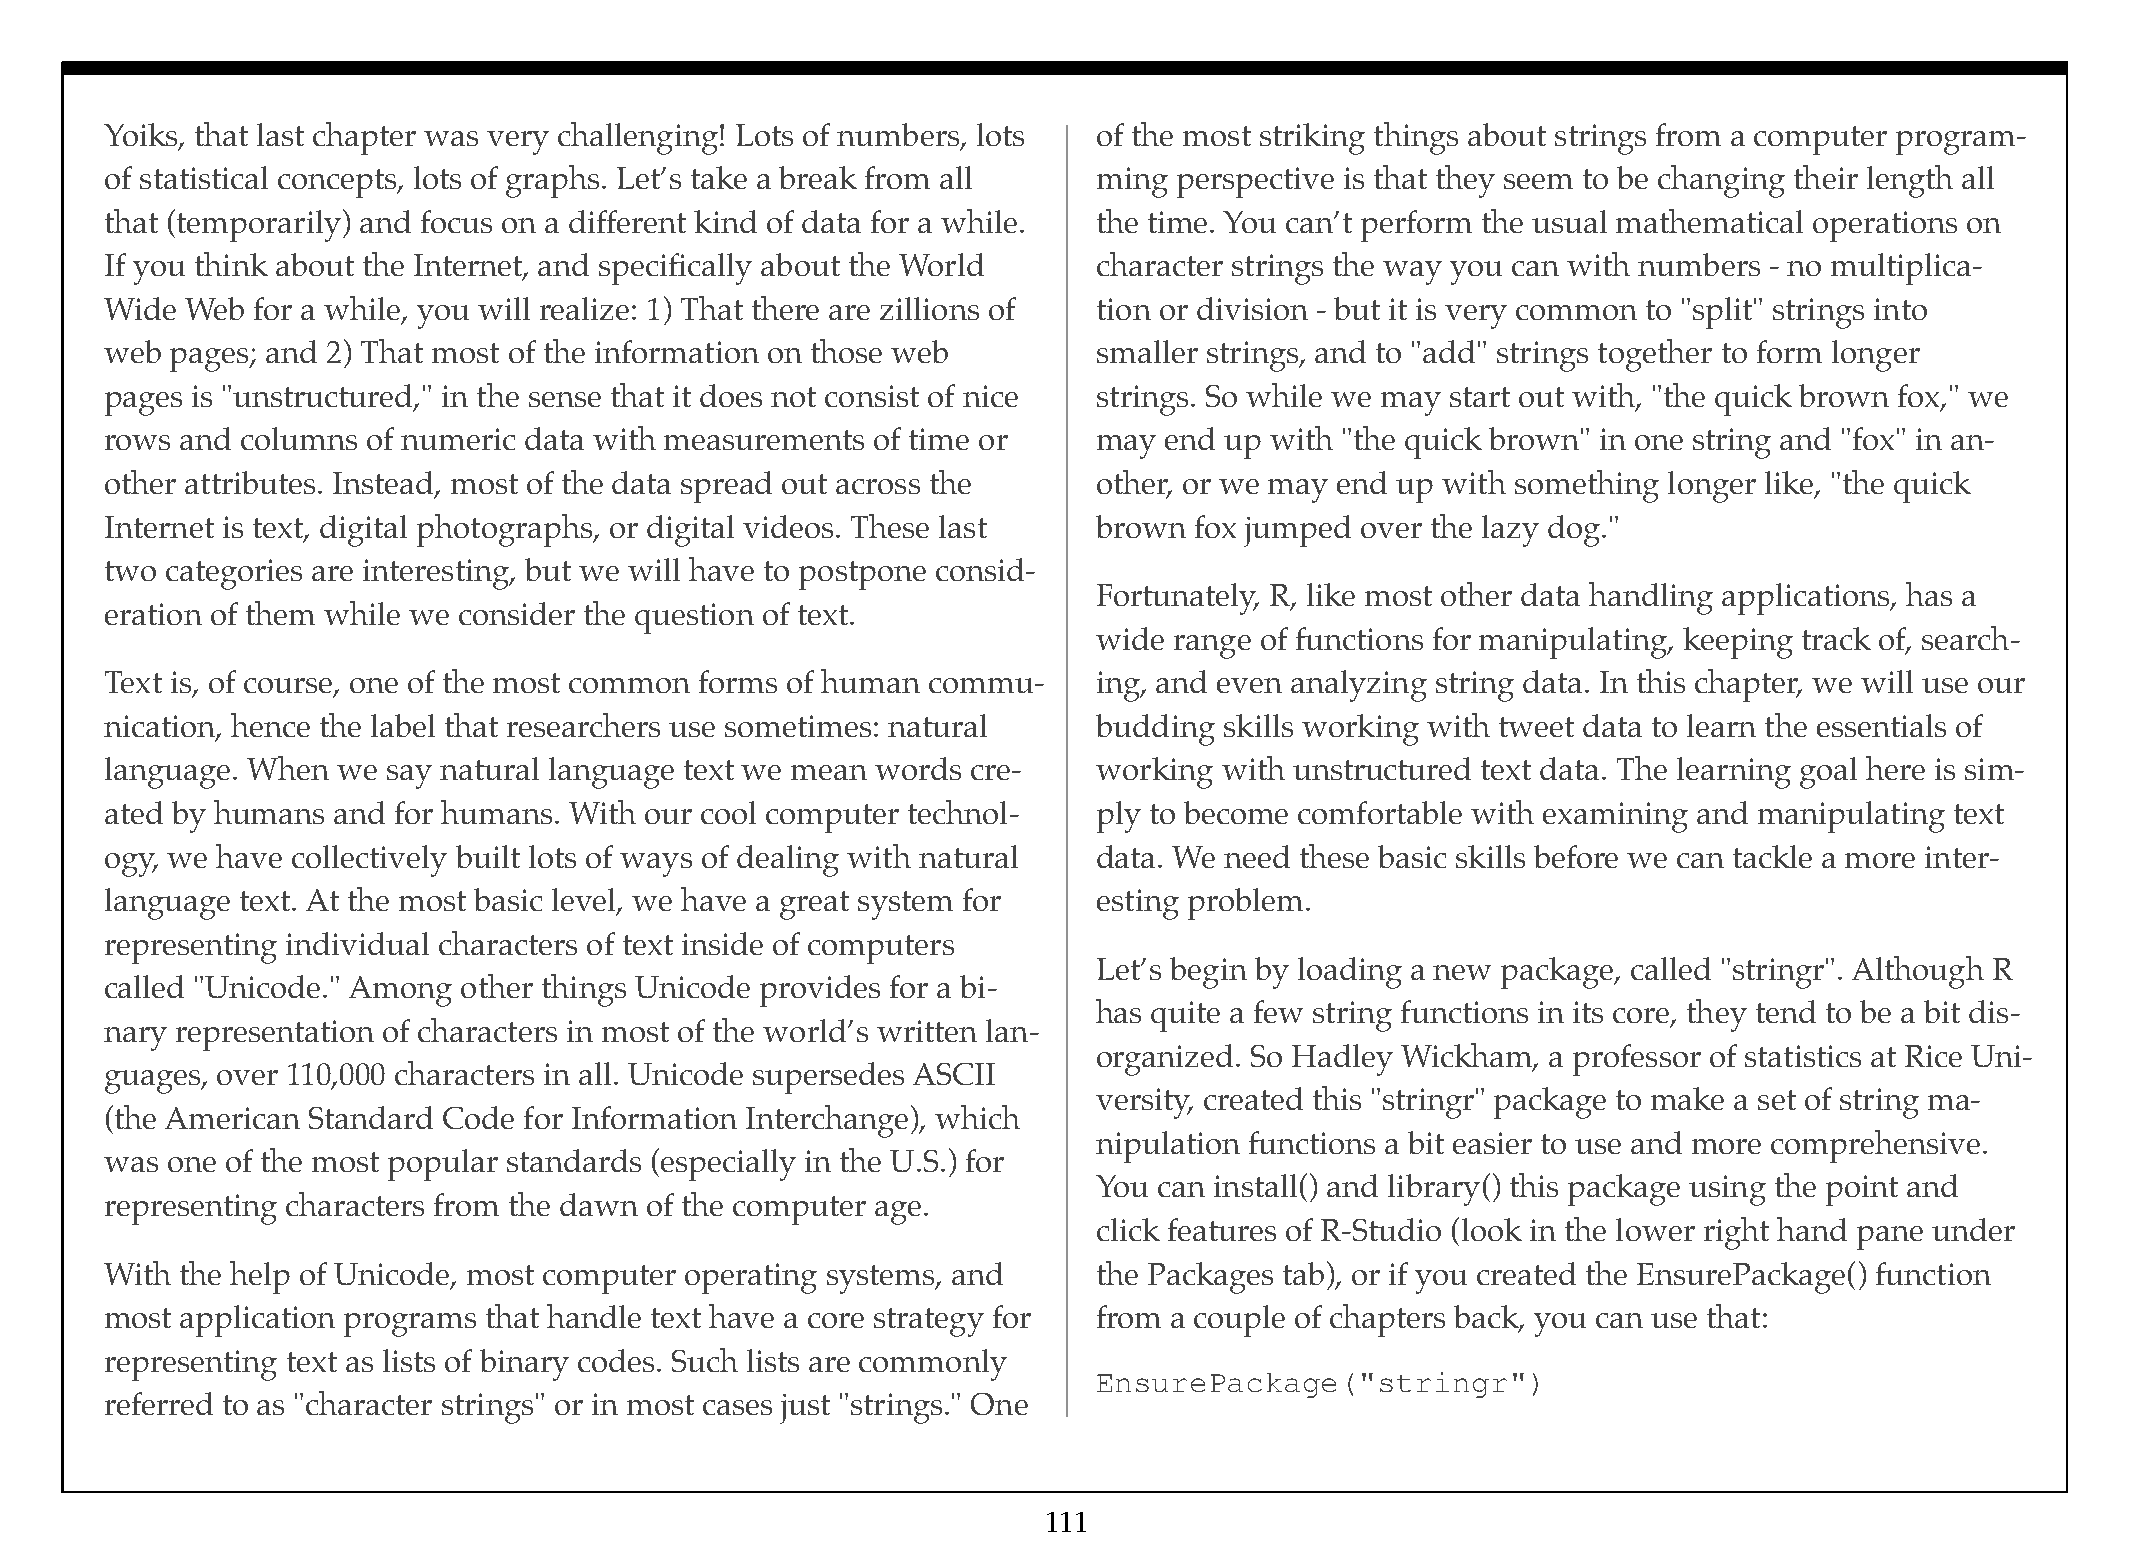
Yoiks, that last chapter was very challenging! Lots of numbers, lots of the most striking things about strings from a computer program-
 of statistical concepts, lots of graphs. Let’s take a break from all ming perspective is that they seem to be changing their length all
 that (temporarily) and focus on a different kind of data for a while. the time. You can’t perform the usual mathematical operations on
 If you think about the Internet, and specifically about the World character strings the way you can with numbers - no multiplica-
 Wide Web  for a while, you will realize: 1) That there are zillions of tion or division - but it is very common to "split" strings into
 web pages; and 2) That most of the information on those web       smaller strings, and to "add" strings together to form longer
 pages is "unstructured," in the sense that it does not consist of nice strings. So while we may start out with, "the quick brown fox," we
 rows and columns of numeric data with measurements of time or     may end up with "the quick brown" in one string and "fox" in an-
 other attributes. Instead, most of the data spread out across the other, or we may end up with something longer like, "the quick
 Internet is text, digital photographs, or digital videos. These last brown fox jumped over the lazy dog."
 two categories are interesting, but we will have to postpone consid-
 Fortunately, R, like most other data handling applications, has a
 eration of them while we consider the question of text.
 wide range of functions for manipulating, keeping track of, search-
 Text is, of course, one of the most common forms of human commu-  ing, and even analyzing string data. In this chapter, we will use our
 nication, hence the label that researchers use sometimes: natural budding skills working with tweet data to learn the essentials of
 language. When we  say natural language text we mean words cre-   working with unstructured text data. The learning goal here is sim-
 ated by humans and for humans. With our cool computer technol-    ply to become comfortable with examining and manipulating text
 ogy, we have collectively built lots of ways of dealing with natural data. We need these basic skills before we can tackle a more inter-
 language text. At the most basic level, we have a great system for esting problem.
 representing individual characters of text inside of computers
 Let’s begin by loading a new package, called "stringr". Although R
 called "Unicode." Among other things Unicode provides for a bi-
 has quite a few string functions in its core, they tend to be a bit dis-
 nary representation of characters in most of the world’s written lan-
 organized. So Hadley Wickham, a professor of statistics at Rice Uni-
 guages, over 110,000 characters in all. Unicode supersedes ASCII
 versity, created this "stringr" package to make a set of string ma-
 (the American Standard Code for Information Interchange), which
 nipulation functions a bit easier to use and more comprehensive.
 was one of the most popular standards (especially in the U.S.) for
 You can install() and library() this package using the point and
 representing characters from the dawn of the computer age.
 click features of R-Studio (look in the lower right hand pane under
 With the help of Unicode, most computer operating systems, and    the Packages tab), or if you created the EnsurePackage() function
 most application programs that handle text have a core strategy for from a couple of chapters back, you can use that:
 representing text as lists of binary codes. Such lists are commonly
 EnsurePackage("stringr")
 referred to as "character strings" or in most cases just "strings." One
 111